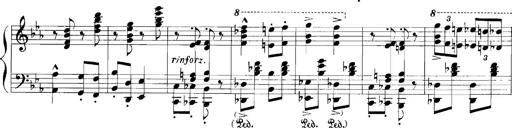
Title: Rhapsodies hongroises
Composer: Franz Liszt